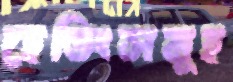
হেডিংসমূহ